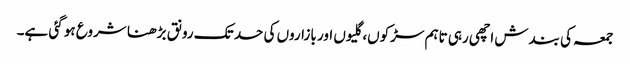
جمعہ کی بندش اچھی رہی تاہم سڑکوں، گلیوں اور بازاروں کی حد تک رونق بڑھنا شروع ہو گئی ہے۔